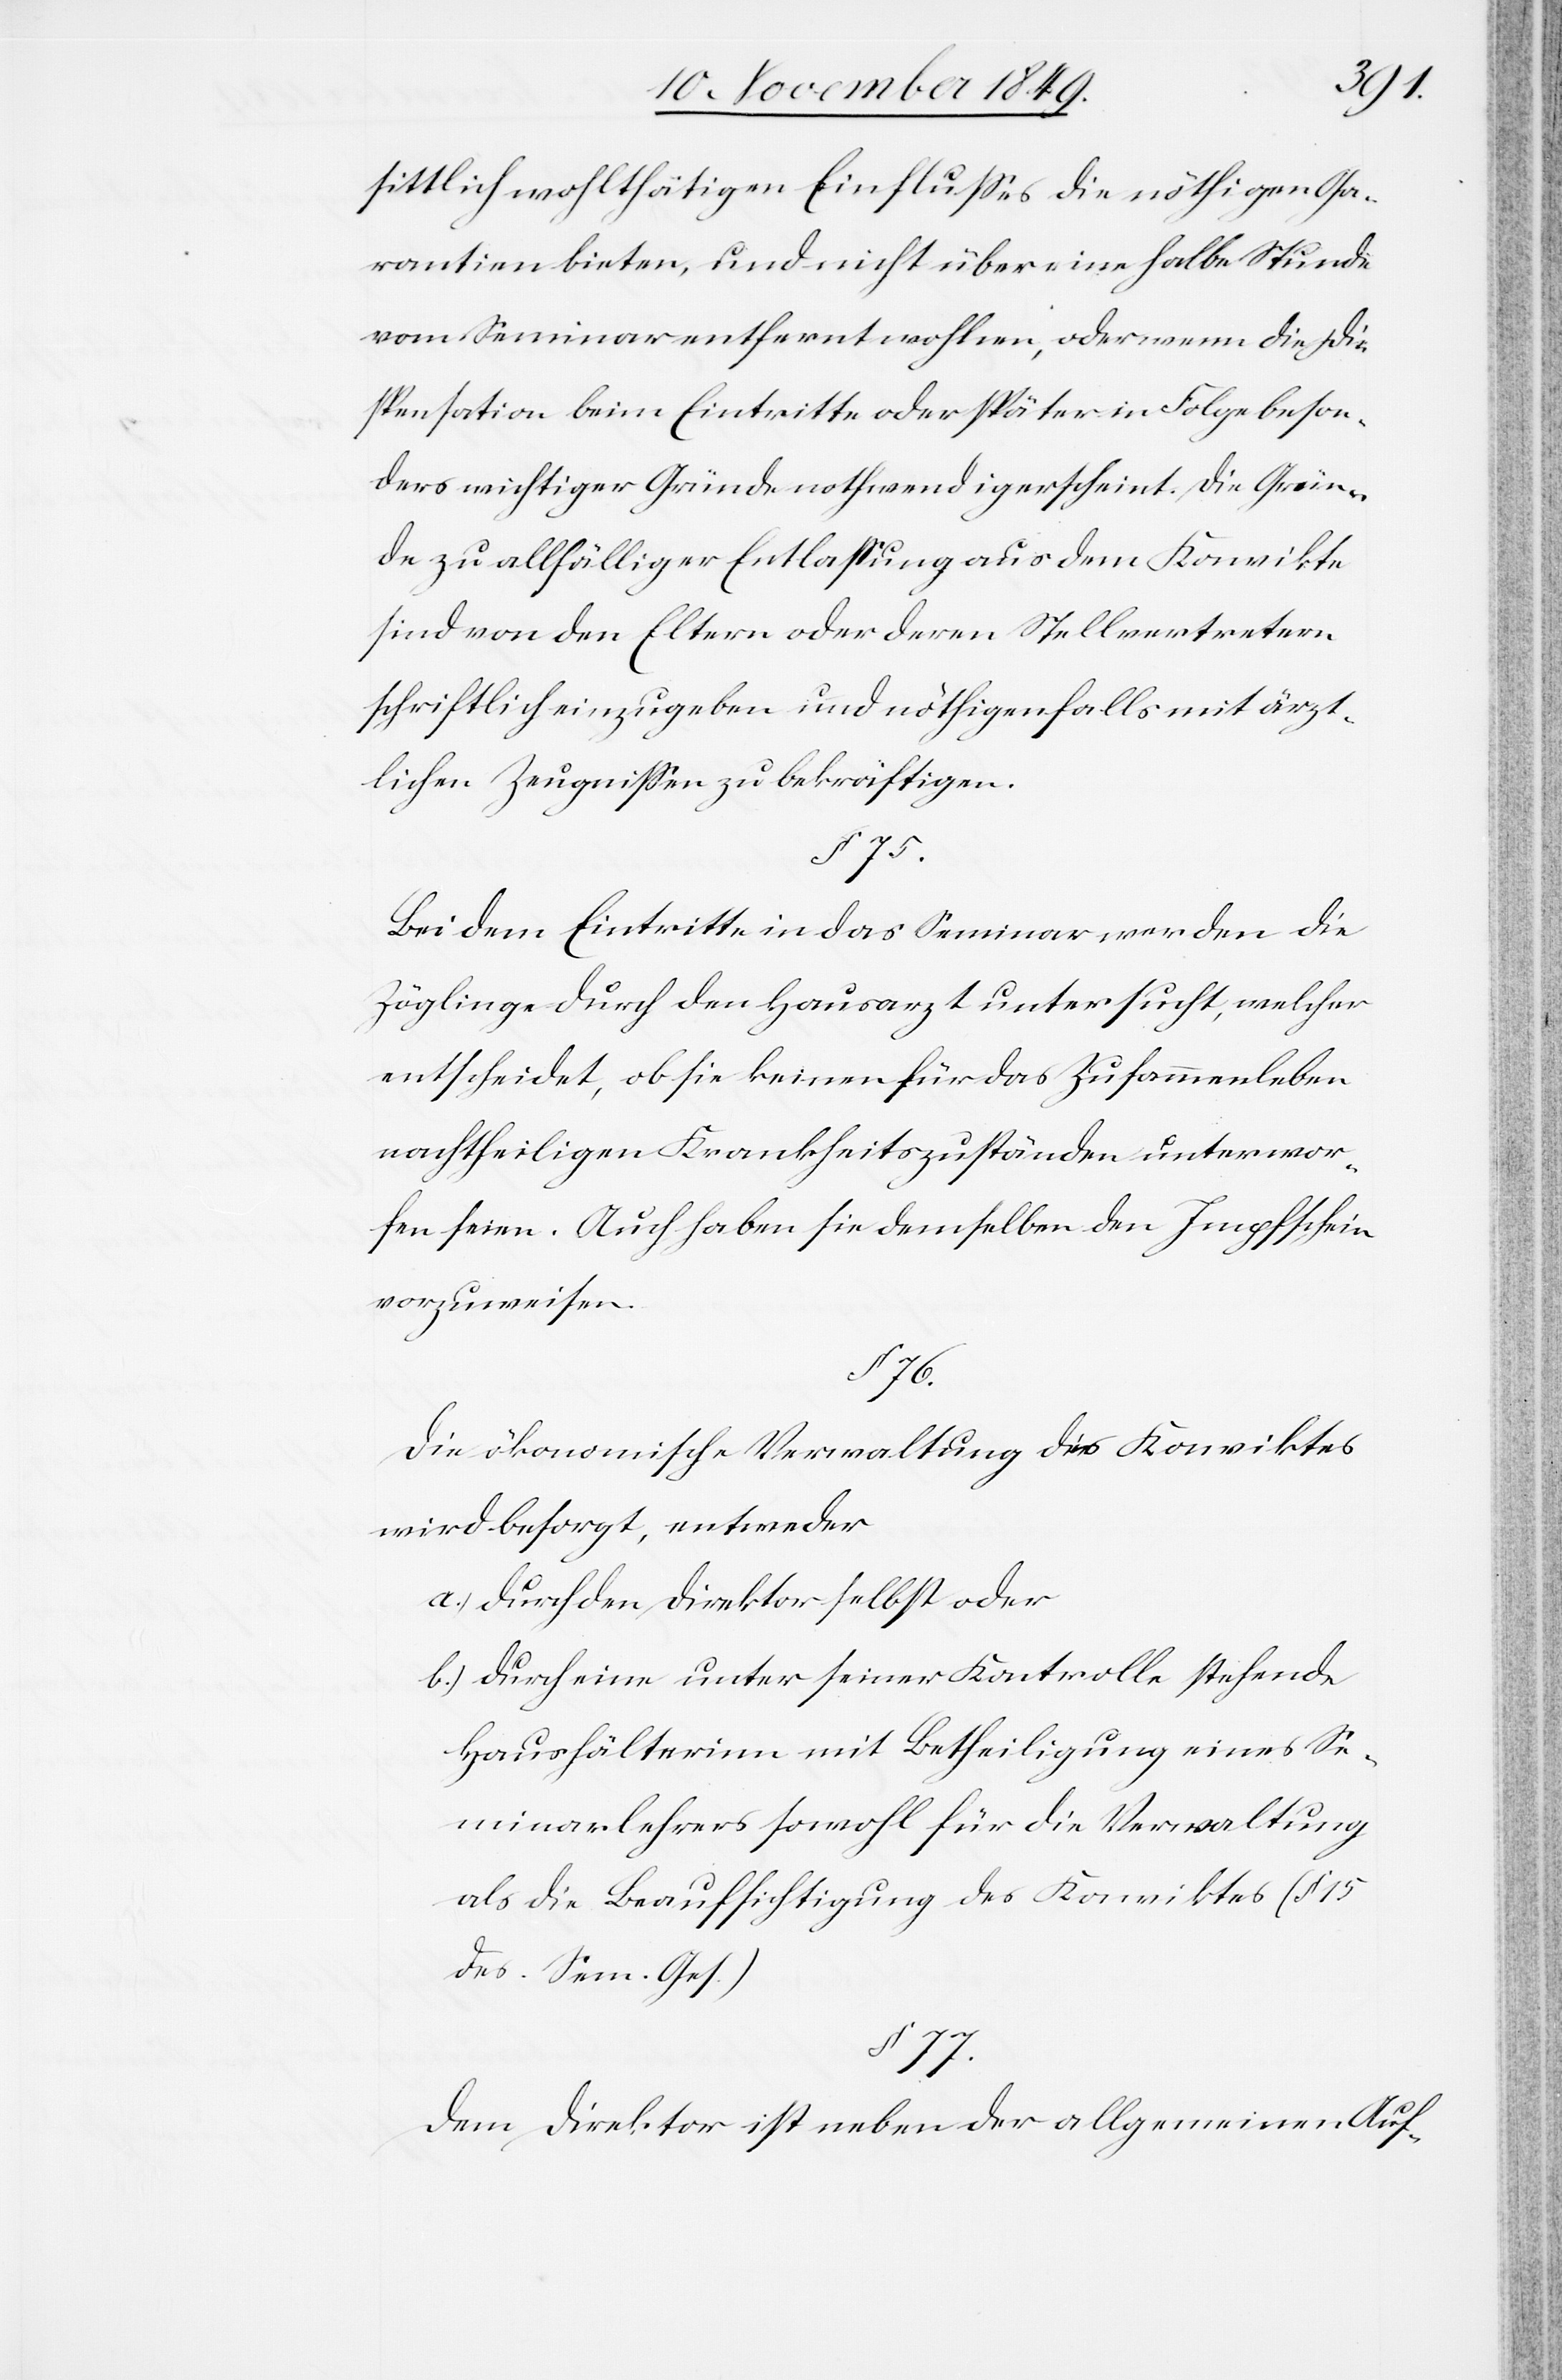
sittlich wohlthätigen Einflußes die nöthigen Ga¬
rantien bieten, und nicht über eine halbe Stunde
vom Seminar entfernt wohnen, oder wenn die Di¬
spensation beim Eintritte oder später in Folge beson¬
ders wichtiger Gründe nothwendig erscheint. Die Grün¬
de zu allfälliger Entlaßung aus dem Konvikte
sind von den Eltern oder deren Stellvertretern
schriftlich einzugeben und nöthigenfalls mit ärzt¬
lichen Zeugnißen zu bekräftigen.
§ 75.
Bei dem Eintritte in das Seminar werden die
Zöglinge durch den Hausarzt untersucht, welcher
entscheidet, ob sie keinen für das Zusammenleben
nachtheiligen Krankheitszuständen unterwor¬
fen seien. Auch haben sie demselben den Impfschein
vorzuweisen.
§ 76.
Die ökonomische Verwaltung des Konviktes
wird besorgt, entweder
a.) durch den Direktor selbst oder
b.) durch eine unter seiner Kontrolle stehende
Haushälterinn mit Betheiligung eines Se¬
minarlehrers sowohl für die Verwaltung
als die Beaufsichtigung des Konviktes (§ 15
des Sem. Ges.)
§ 77.
Dem Direktor ist neben der allgemeinen Auf-